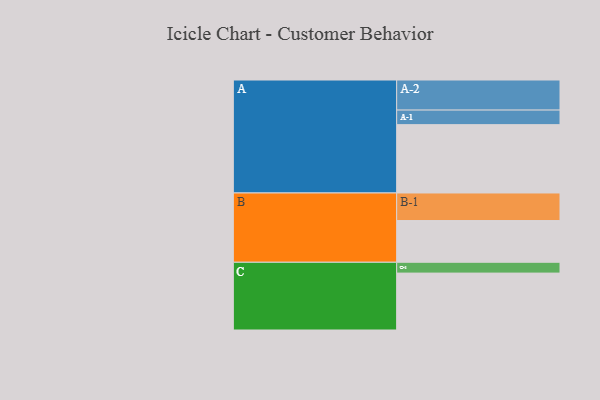
{"axis": {"x": "Segment", "y": "Value"}, "legend": ["", "A", "B", "C"], "data": [{"x": "A", "y": 568, "type": ""}, {"x": "B", "y": 347, "type": ""}, {"x": "C", "y": 473, "type": ""}, {"x": "A-1", "y": 121, "type": "A"}, {"x": "A-2", "y": 250, "type": "A"}, {"x": "B-1", "y": 229, "type": "B"}, {"x": "C-1", "y": 90, "type": "C"}]}